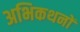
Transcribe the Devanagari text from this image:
अभिकथनों